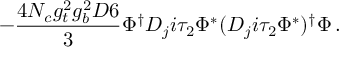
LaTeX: - \frac { 4 N _ { c } g _ { t } ^ { 2 } g _ { b } ^ { 2 } D 6 } { 3 } \Phi ^ { \dag } D _ { j } i \tau _ { 2 } \Phi ^ { * } ( D _ { j } i \tau _ { 2 } \Phi ^ { * } ) ^ { \dag } \Phi \, .